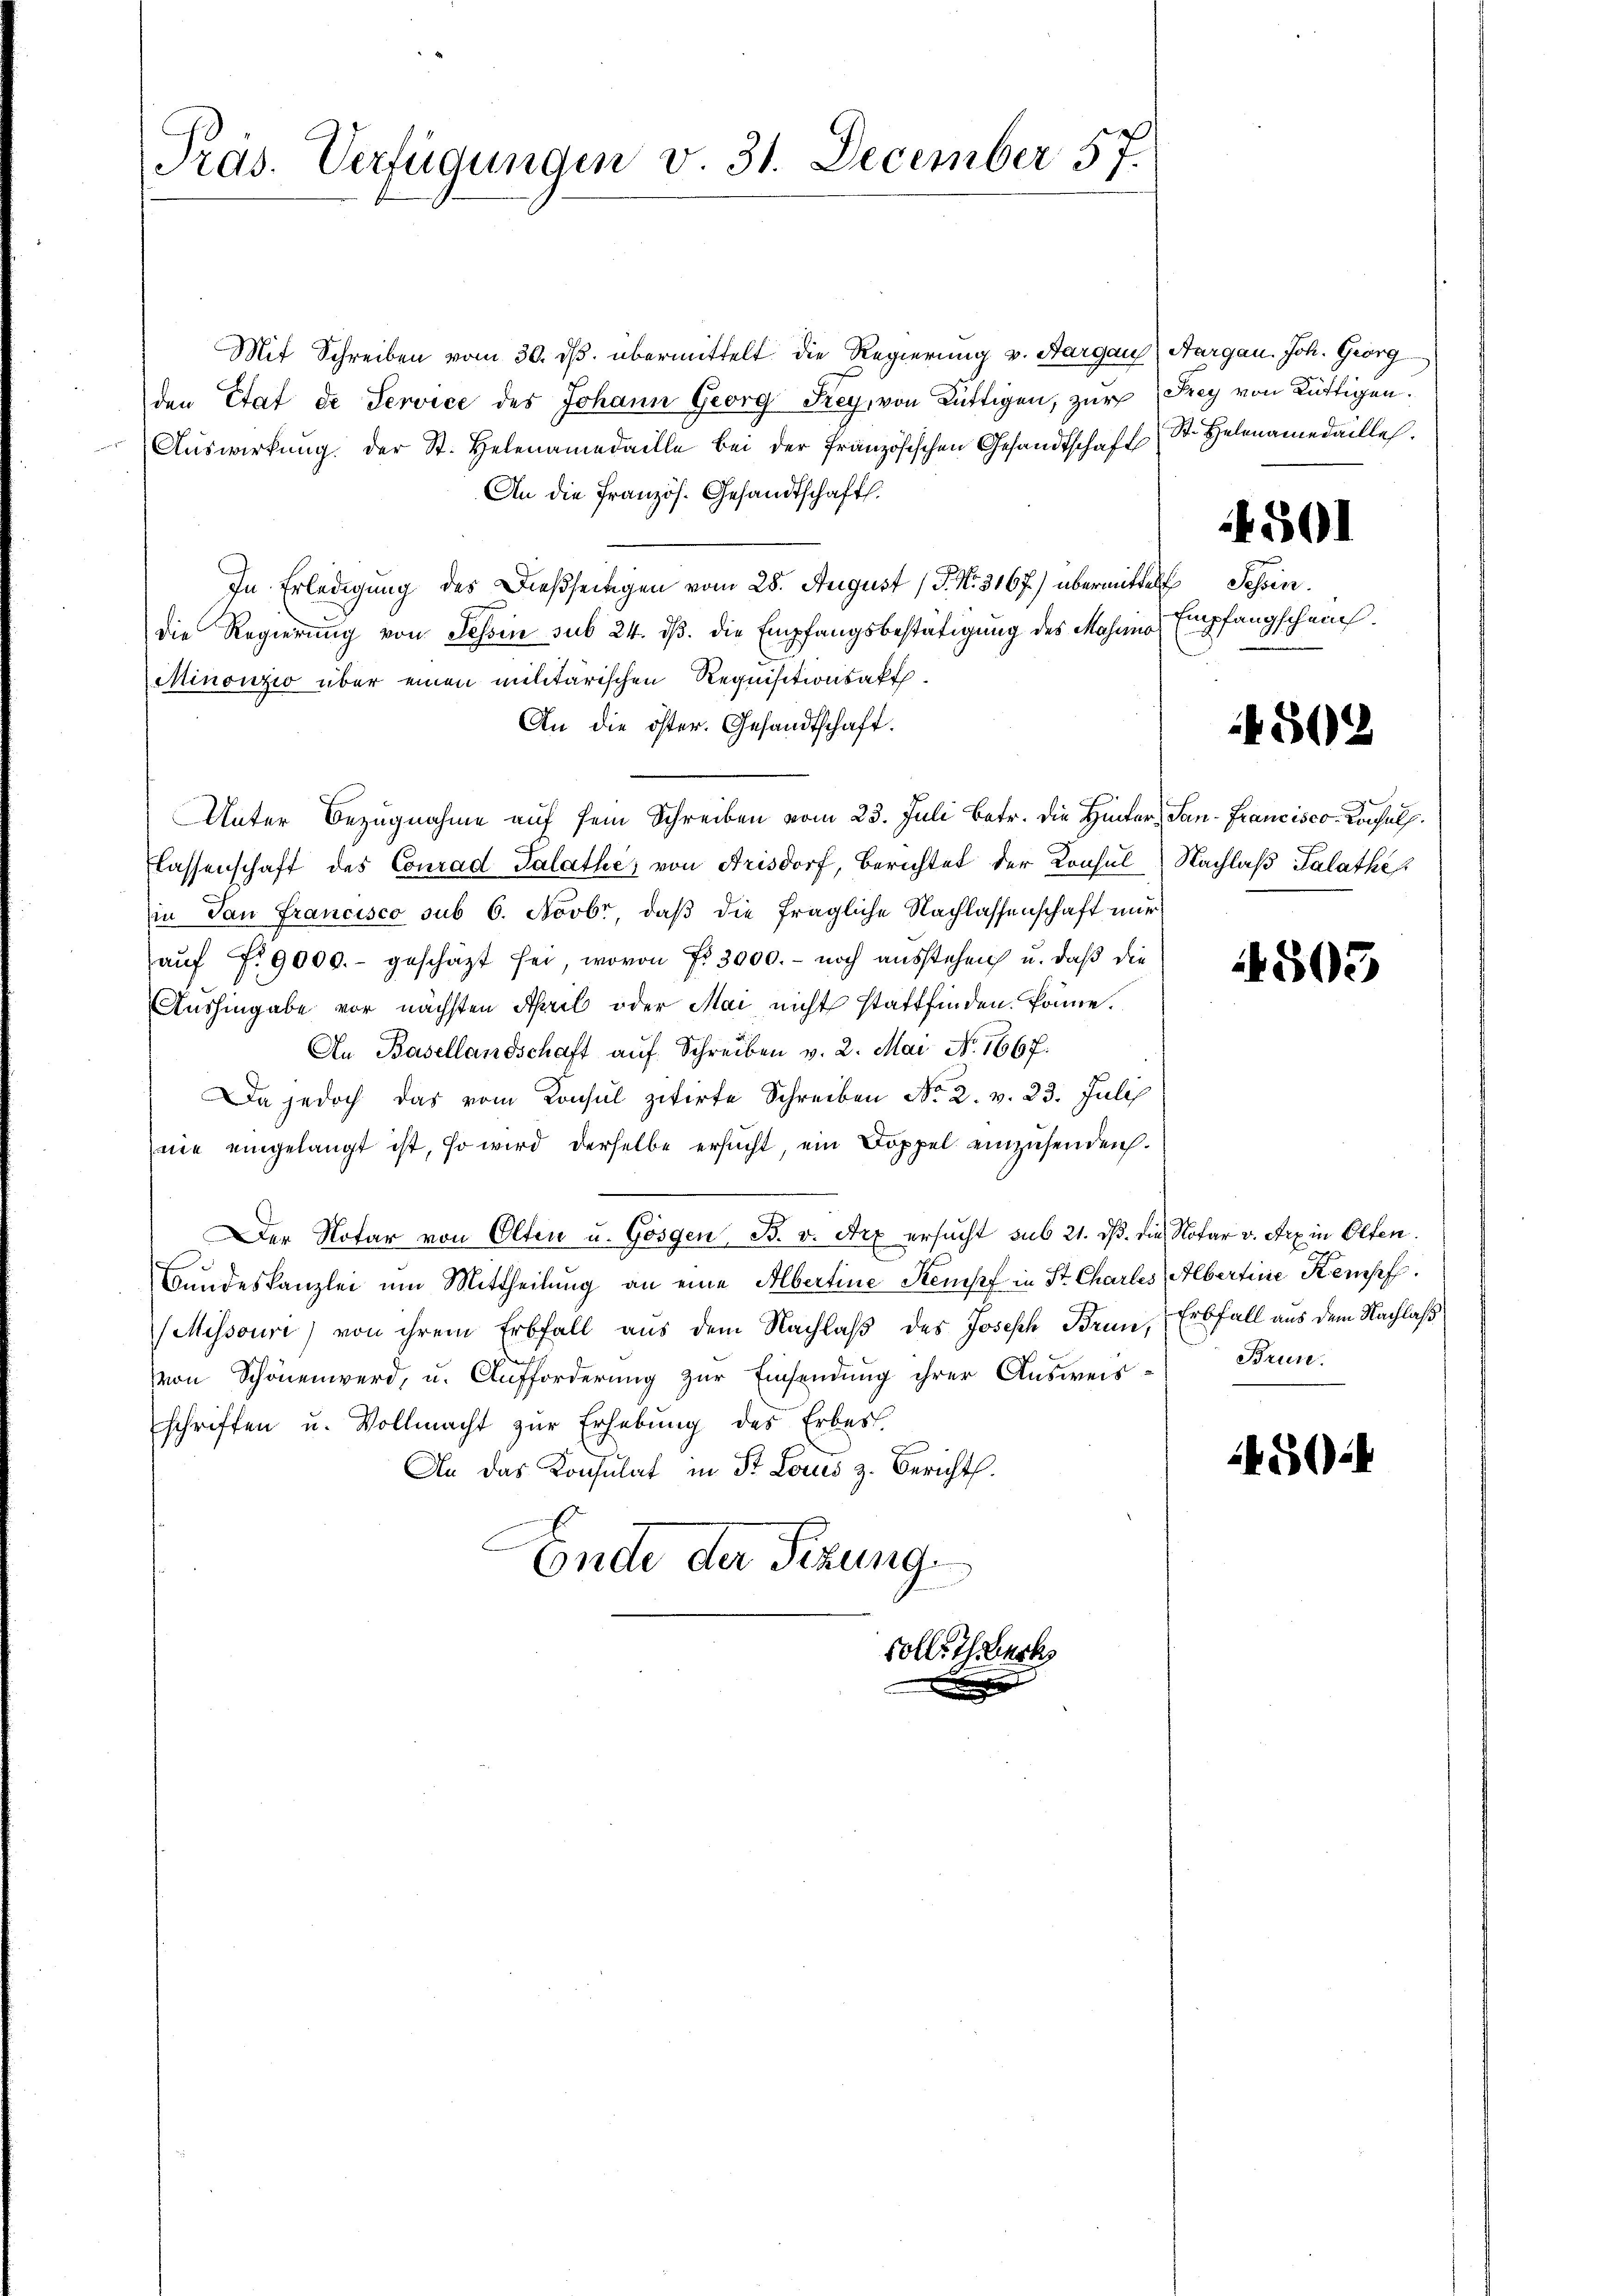
Präs. Verfügungen v. 31. December 57.

Mit Schreiben vom 30. ds. übermittelt die Regierung v. Aargaus
den Etat de Service des Johann Georg Frey, von Büttigen, zur Frey von Rüttigen.
Auswirkung der St. Helenamedaille bei der französischen Gesandtschaft
An die Französ. Gesandtschaft.
In Erledigung des dießseitigen vom 28. August (T. No. 3167) übermittelt Schie
die Regierung von Tessin sub 24. ds. die Empfangsbestätigung des Masemo
Minonzio über einen militärischen Requisitionsakt
An die öster. Gesandtschaft.
Unter Bezugnahme auf sein Schreiben vom 23. Juli betr. die Hinter, San-Francisco-Konsuls.
flassenschaft des Conrad Salathe, von Arisdorf, Berichtet der Konsul Nachlaß Palathes
in Van Francisco sub 6. Novbr, daß die fragliche Nachlassenschaft nur
aŭf Fr. 9000.- geschäzt sei, wovon Fr. 3000.- noch ausstehen u. daß die
Aushingabe vor nächsten April oder Mai nicht stattfinden könne.
An Basellandschaft auf Schreiben v. 2. Mai No. 1667.
Da jedoch das vom Konsul zitirte Schreiben No 2. v. 23. Juli
mie eingelangt ist, so wird derselbe ersucht, ein Doppel einzusenden.
Der Notar von Olten u. Gösgen, B. v. Art ersucht sub 21. dß. die Notar v. Arx in Olten.
Bŭndeskanzlei um Mittheilung an eine Albertine Stempf in St. Charles Albertine Kempf
Missouri) von ihrem Erbfall aus dem Nachlaß des Joseph Brun,
von Schönenwerd, u. Aufforderung zur Einsendung ihrer Ausweis
schriften u. Vollmacht zur Erhebung des Erbes.
An das Konsulat in St. Locus z. Bericht.
Ende der Sitzung
solle Therk

Aargau. Joh. Georg
St. Helenamedailles.

4501

Empfangscheins.

4502

4503

Erbfall aus dem Nachlaß
Bruse.

4504